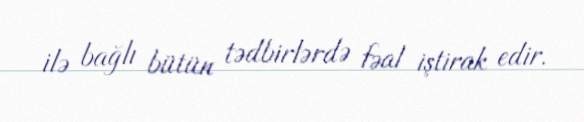
ilə bağlı bütün tədbirlərdə fəal iştirak edir.